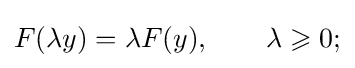
F(\lambda y)=\lambda F(y),\qquad \lambda \geqslant 0;